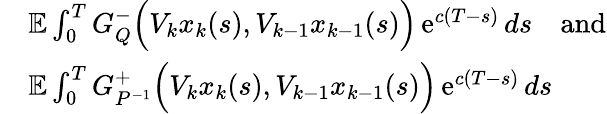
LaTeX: \begin{array}{rl}&{\mathbb E\int_{0}^{T}G_{Q}^{-}\Big(V_{k}x_{k}(s),V_{k-1}x_{k-1}(s)\Big)\operatorname{e}^{c(T-s)}ds\quad\mathrm{and}}\\ &{\mathbb E\int_{0}^{T}G_{P^{-1}}^{+}\Big(V_{k}x_{k}(s),V_{k-1}x_{k-1}(s)\Big)\operatorname{e}^{c(T-s)}ds}\end{array}